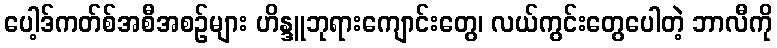
ပေါ့ဒ်ကတ်စ်အစီအစဉ်များ ဟိန္ဒူဘုရားကျောင်းတွေ၊ လယ်ကွင်းတွေပေါတဲ့ ဘာလီကို